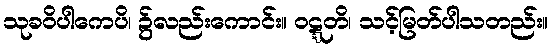
သုခဝိပါကေပိ၊ ၌လည်းကောင်း။ ဝဋ္ဋတိ၊ သင့်မြတ်ပါသတည်း။